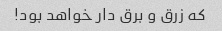
که زرق و برق دار خواهد بود!